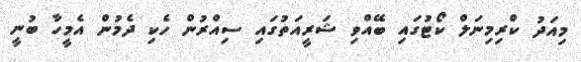
މިއަދު ކްރިމިނަލް ކޯޓުގައި ބޭއްވި ޝަރީއަތުގައި ސިއްރުން ހެކި ދެމުން އެމީހާ ބުނީ